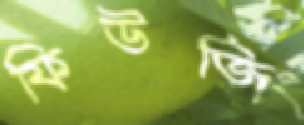
ফিউজিং